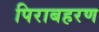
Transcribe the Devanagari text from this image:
पिराबहरण